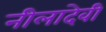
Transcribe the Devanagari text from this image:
नीलादेवी